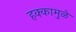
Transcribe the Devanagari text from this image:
हक्कामुळे